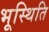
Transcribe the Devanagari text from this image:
भूस्थिति